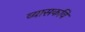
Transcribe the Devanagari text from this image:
व्यासकवि